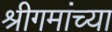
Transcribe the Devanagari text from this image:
श्रीगमांच्या